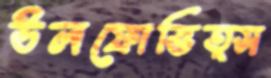
উলফোভিত্স